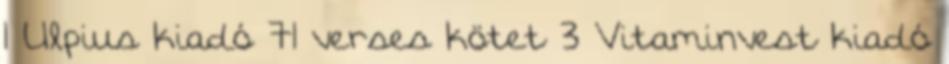
1 Ulpius kiadó 71 verses kötet 3 Vitaminvest kiadó